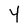
Character: Y